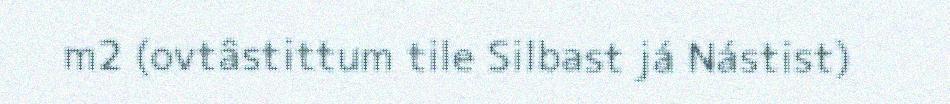
m2 (ovtâstittum tile Silbast já Nástist)